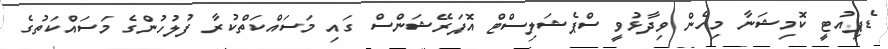
ޑެޕިއުޓީ ކޮމިޝަނާ މިހެން ވިދާޅުވީ ސްޕެޝަލިސްޓް އޮޕަރޭޝަންސް ގައި މަސައްކަތްކުރާ ފުލުހުންގެ މަސައްކަތުގެ